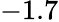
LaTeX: -1.7